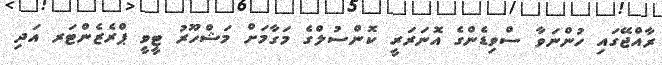
ރާއްޖޭގައި ހުންނަވާ ސްވިޑެންގެ އޮނަރަރީ ކޮންސުލްގެ މަގާމަށް މަޝްހޫރު ޓީވީ ޕްރެޒެންޓަރ އަދި